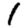
Digit: 1